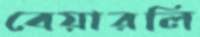
বেয়ারলি